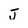
Character: J